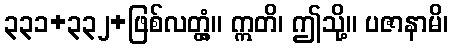
၃၃၁+၃၃၂+ဖြစ်လတ္တံ့။ ဣတိ၊ ဤသို့။ ပဇာနာမိ၊